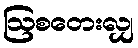
ဩစတေးလျှ